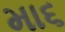
મા૬